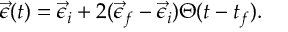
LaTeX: \vec { \epsilon } ( t ) = \vec { \epsilon } _ { i } + 2 ( \vec { \epsilon } _ { f } - \vec { \epsilon } _ { i } ) \Theta ( t - t _ { f } ) .